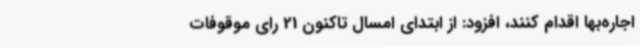
اجاره‌بها اقدام کنند، افزود: از ابتدای امسال تاکنون 21 رای موقوفات